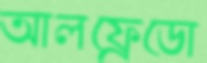
আলফ্রেডো